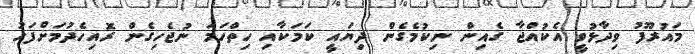
މައުރޫފު ވިދާޅުވީ އެކުއްޖާ ގެއިން ނިކުމެގެން ދިޔައީ ކަމަކާއި ހިތްހަމަ ނުޖެހިގެން ރޮއިހެދުމަށްފަހު